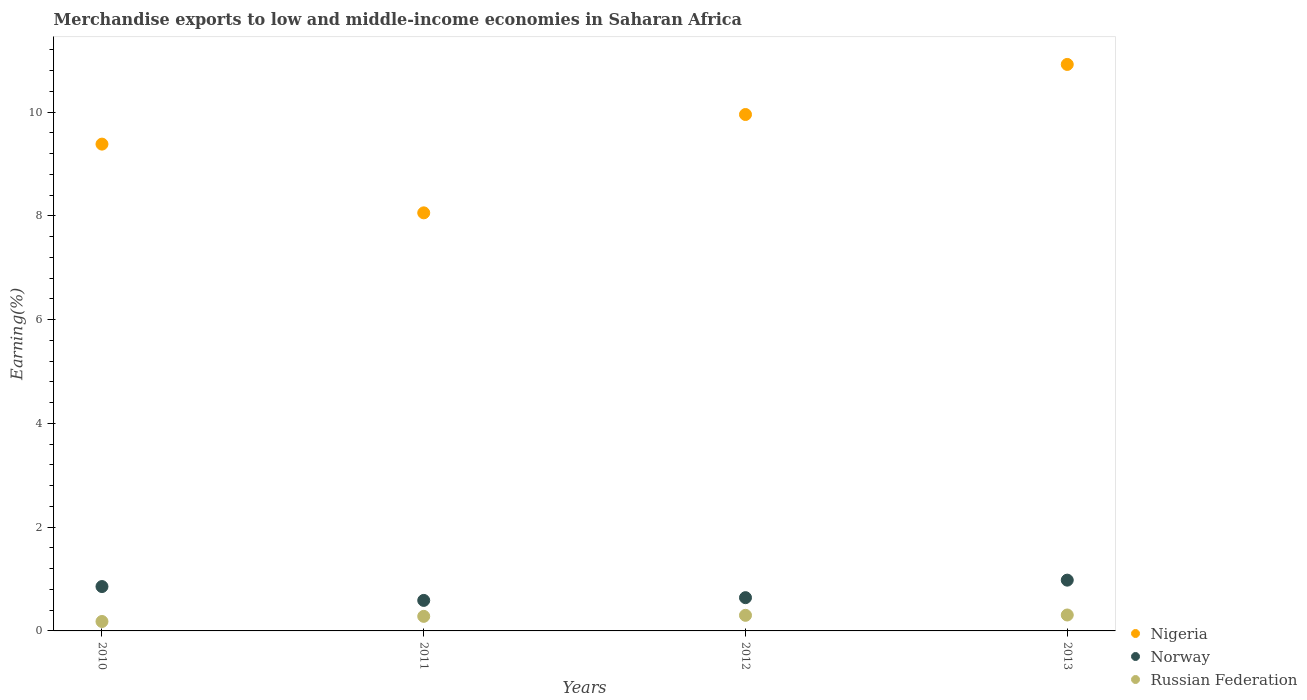
| Years | Nigeria | Norway | Russian Federation |
 | --- | --- | --- | --- |
 | 2010 | 9.38 | 0.855 | 0.182 |
 | 2011 | 8.06 | 0.588 | 0.281 |
 | 2012 | 9.95 | 0.641 | 0.301 |
 | 2013 | 10.9 | 0.979 | 0.307 |